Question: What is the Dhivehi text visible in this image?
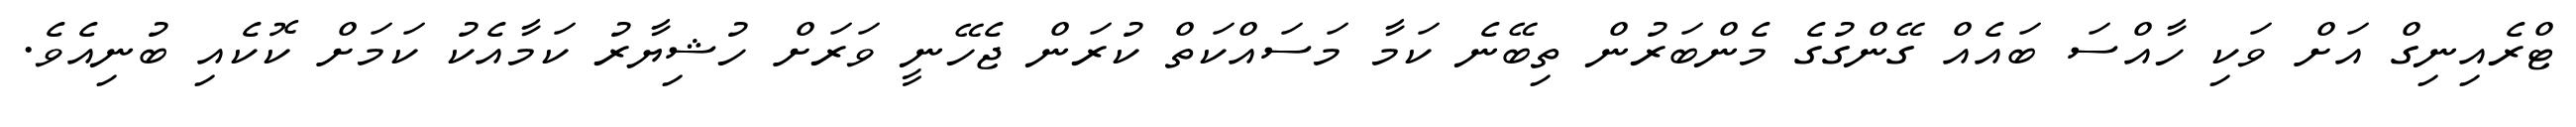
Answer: ޓްރެއިނިގް އަށް ވަކި ހާއްސަ ބައެއް ގޭންގުގެ މެންބަރުން ތިބޭނެ ކަމާ މަސައްކަތް ކުރަން ޖެހޭނީ ވަރަށް ހުޝިޔާރު ކަމާއެކު ކަމަށް ކޮކެއި ބުނިއެވެ.